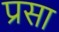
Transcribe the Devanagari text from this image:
प्रसा